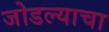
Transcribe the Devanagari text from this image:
जोडल्याचा